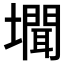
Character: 𭏾